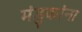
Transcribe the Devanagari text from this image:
मंडुकांना